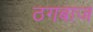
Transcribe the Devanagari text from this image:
ठगबाज